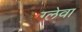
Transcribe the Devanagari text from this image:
ग्लेवा